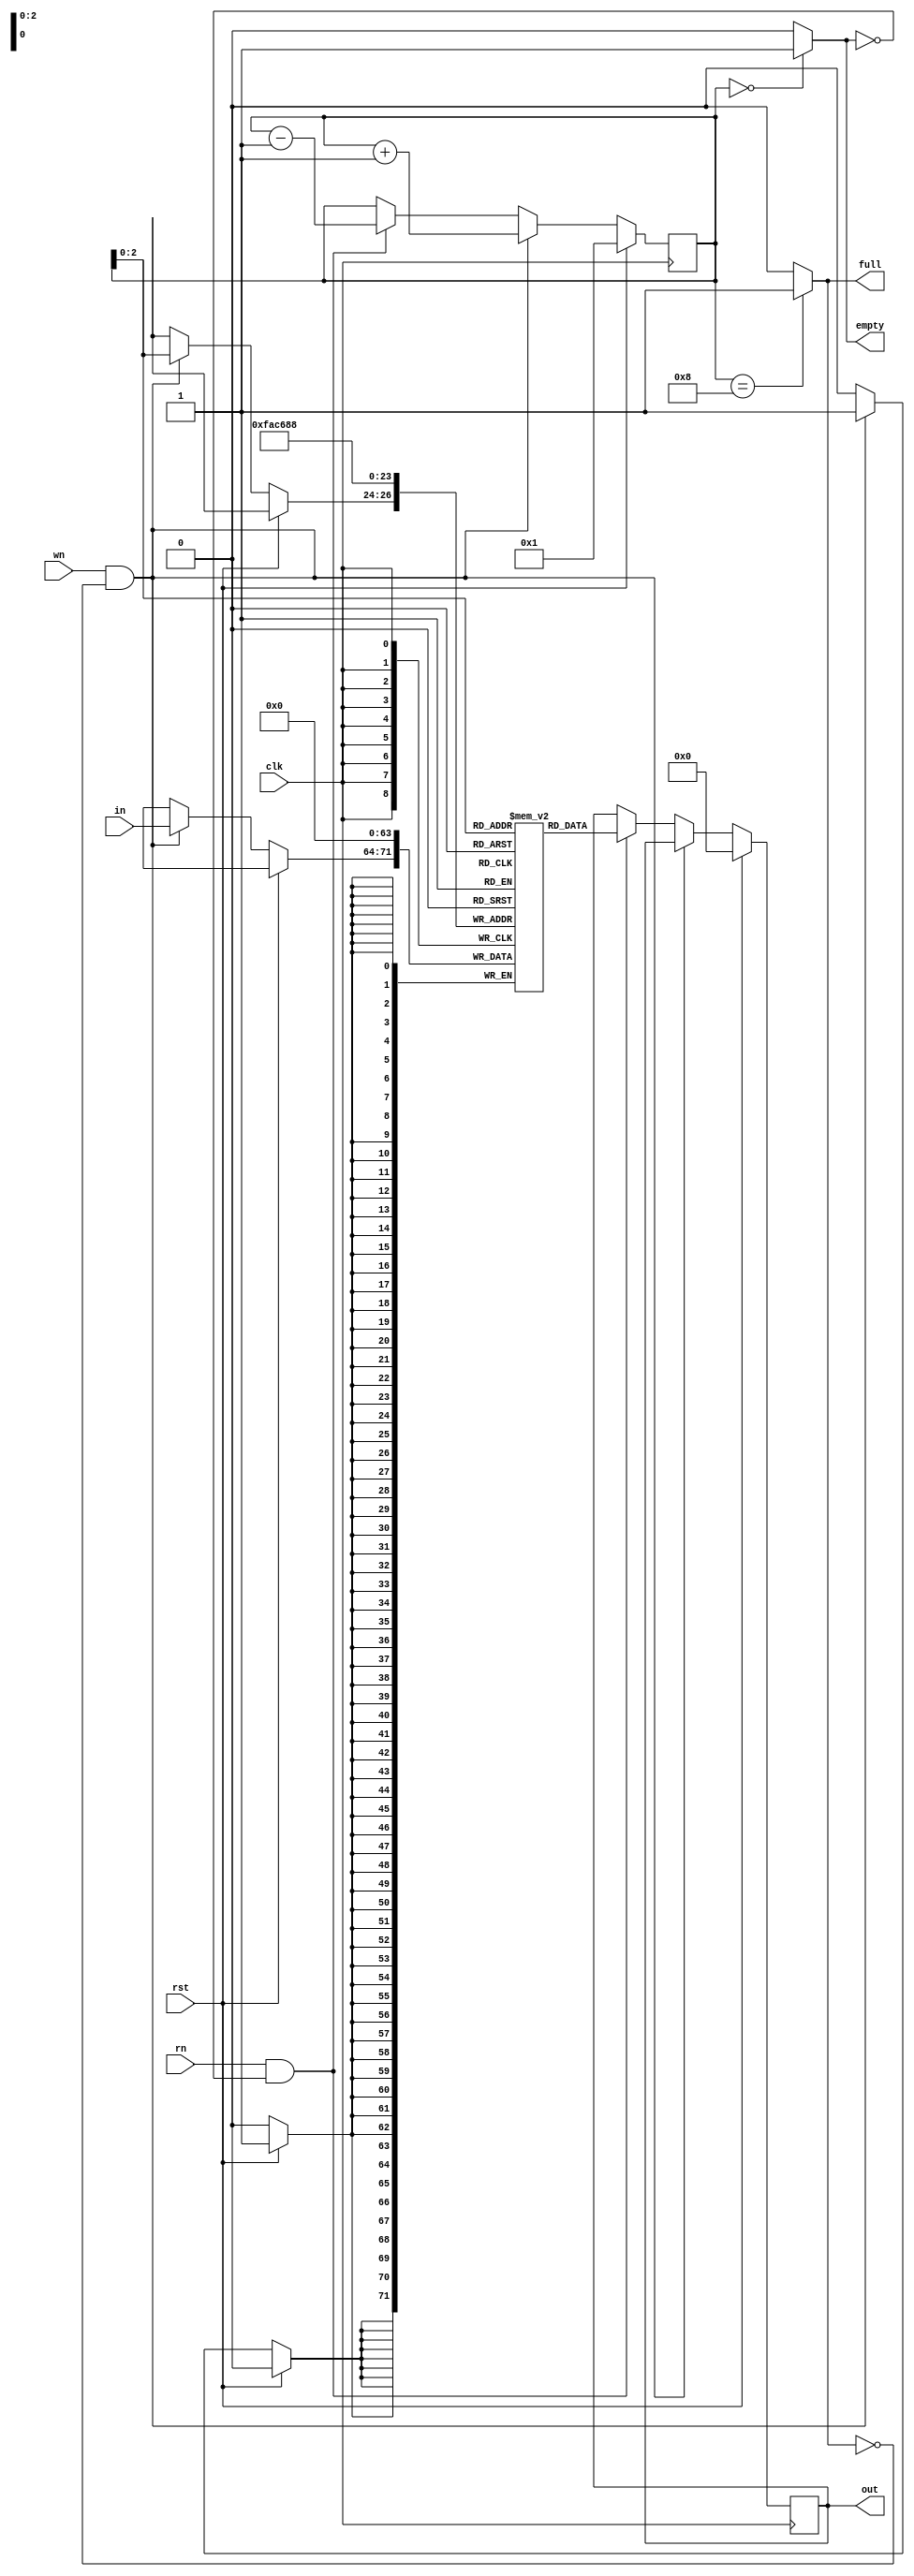
`timescale 1ns / 1ps
//////////////////////////////////////////////////////////////////////////////////
// Company: 
// Engineer: 
// 
// Design Name: 
// Module Name:    LIFO_Simple 
// Project Name: 
// Target Devices: 
// Tool versions: 
// Description: 
//
// Dependencies: 
//
// Revision: 
// Revision 0.01 - File Created
// Additional Comments: 
//
//////////////////////////////////////////////////////////////////////////////////
module LIFO_Simple(in, full, empty, clk, rst, wn, rn, out);
	input [7:0] in;
	input clk, rst, wn, rn;
	output reg [7:0] out;
	output full, empty;
	reg [3:0] sp;
	reg [7:0] memory [7:0];
	
	assign full = (sp == 4'b1000) ? 1 : 0;
	assign empty = (sp == 4'b0000) ? 1 : 0;
	
	always @(posedge clk)
		begin
			if (rst)
				begin
					memory[0] <= 0; memory[1] <= 0; memory[2] <= 0; memory[3] <= 0;
					memory[4] <= 0; memory[5] <= 0; memory[6] <= 0; memory[7] <= 0;
					out <= 0; sp <= 1;
				end
			else if (wn & !full)
				begin
					memory[sp] <= in;
					sp <= sp + 1;
				end
			else if (rn & !empty)
				begin
					sp <= sp - 1;
					out <= memory[sp];
				end
		end

endmodule